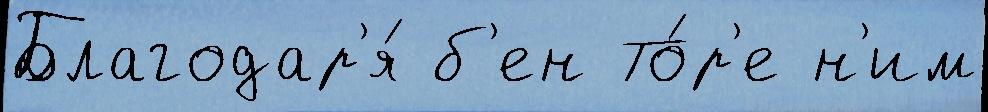
Благодар'я́ б'ен То́р'е н'им